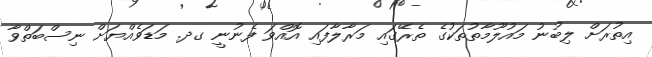
އިތުރަށް ލިބުނު މައުލޫމާތުތަކުގެ ތެރޭގައި މަރާލާފައި އޮއްވަ ފެނުނީ ގދ. މަޑަވެއްޔަށް ނިސްބަތްވާ